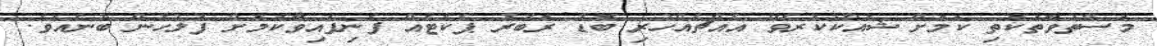
މަސްތުވާތަކެތި ކަމަށް ޝައްކުކުރެވޭ އެއްޗެއްހުރި ބޮޑު ރަބަރު ޕެކެޓެއް ފެނިފައިވާކަމަށް ފުލުހުން ބުނެއެވެ.